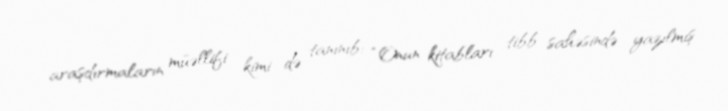
araşdırmaların müəllifi kimi də tanınıb: “Onun kitabları tibb sahəsində yazılmış